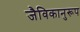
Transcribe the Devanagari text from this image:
जैविकानुरूप